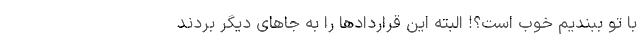
با تو ببندیم خوب است؟! البته این قراردادها را به جاهای دیگر بردند